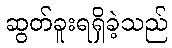
ဆွတ်ခူးရရှိခဲ့သည်